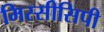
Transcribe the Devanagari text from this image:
मिस्सीसिपी